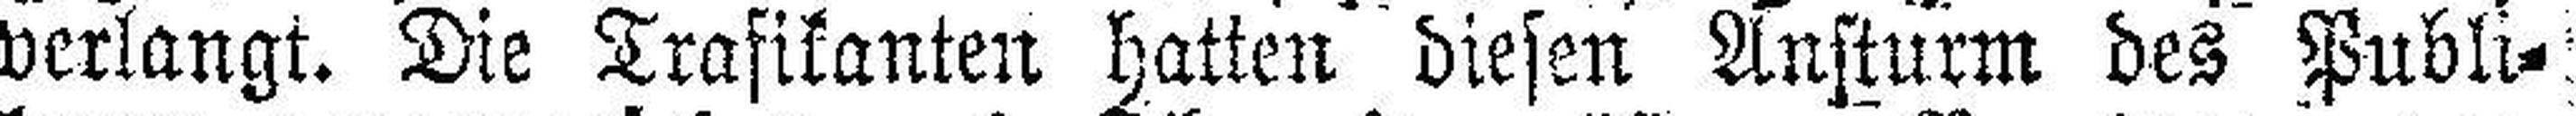
verlangt. Die Trafikanten hatten diesen Ansturm des Publi¬